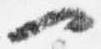
一